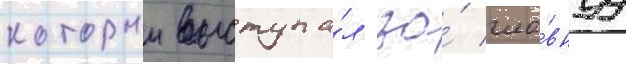
которыи выступа́л за́ гла́внуу